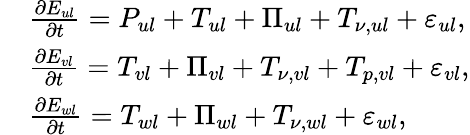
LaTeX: \begin{array}{rl}&{\frac{\partial E_{ul}}{\partial t}={P}_{ul}+T_{ul}+\Pi_{ul}+T_{\nu,ul}+\varepsilon_{ul},}\\ &{\frac{\partial E_{vl}}{\partial t}=T_{vl}+\Pi_{vl}+T_{\nu,vl}+T_{p,vl}+\varepsilon_{vl},}\\ &{\frac{\partial E_{wl}}{\partial t}=T_{wl}+\Pi_{wl}+T_{\nu,wl}+\varepsilon_{wl},}\end{array}